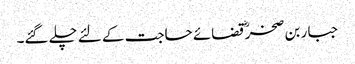
جبار بن صخرؓ قضائے حاجت کے لئے چلے گئے۔